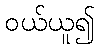
ဝယ်ယူ၍